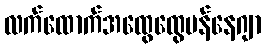
လက်ထောက်အထွေထွေမန်နေဂျာ